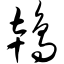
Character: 鸨